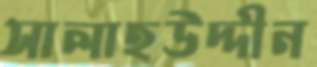
সালাহউদ্দীন